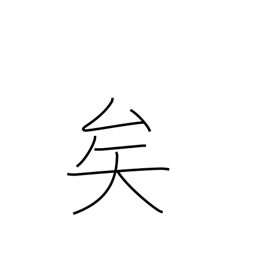
Meaning: sentence particle